Trukikaitis_Postimees, lk 116
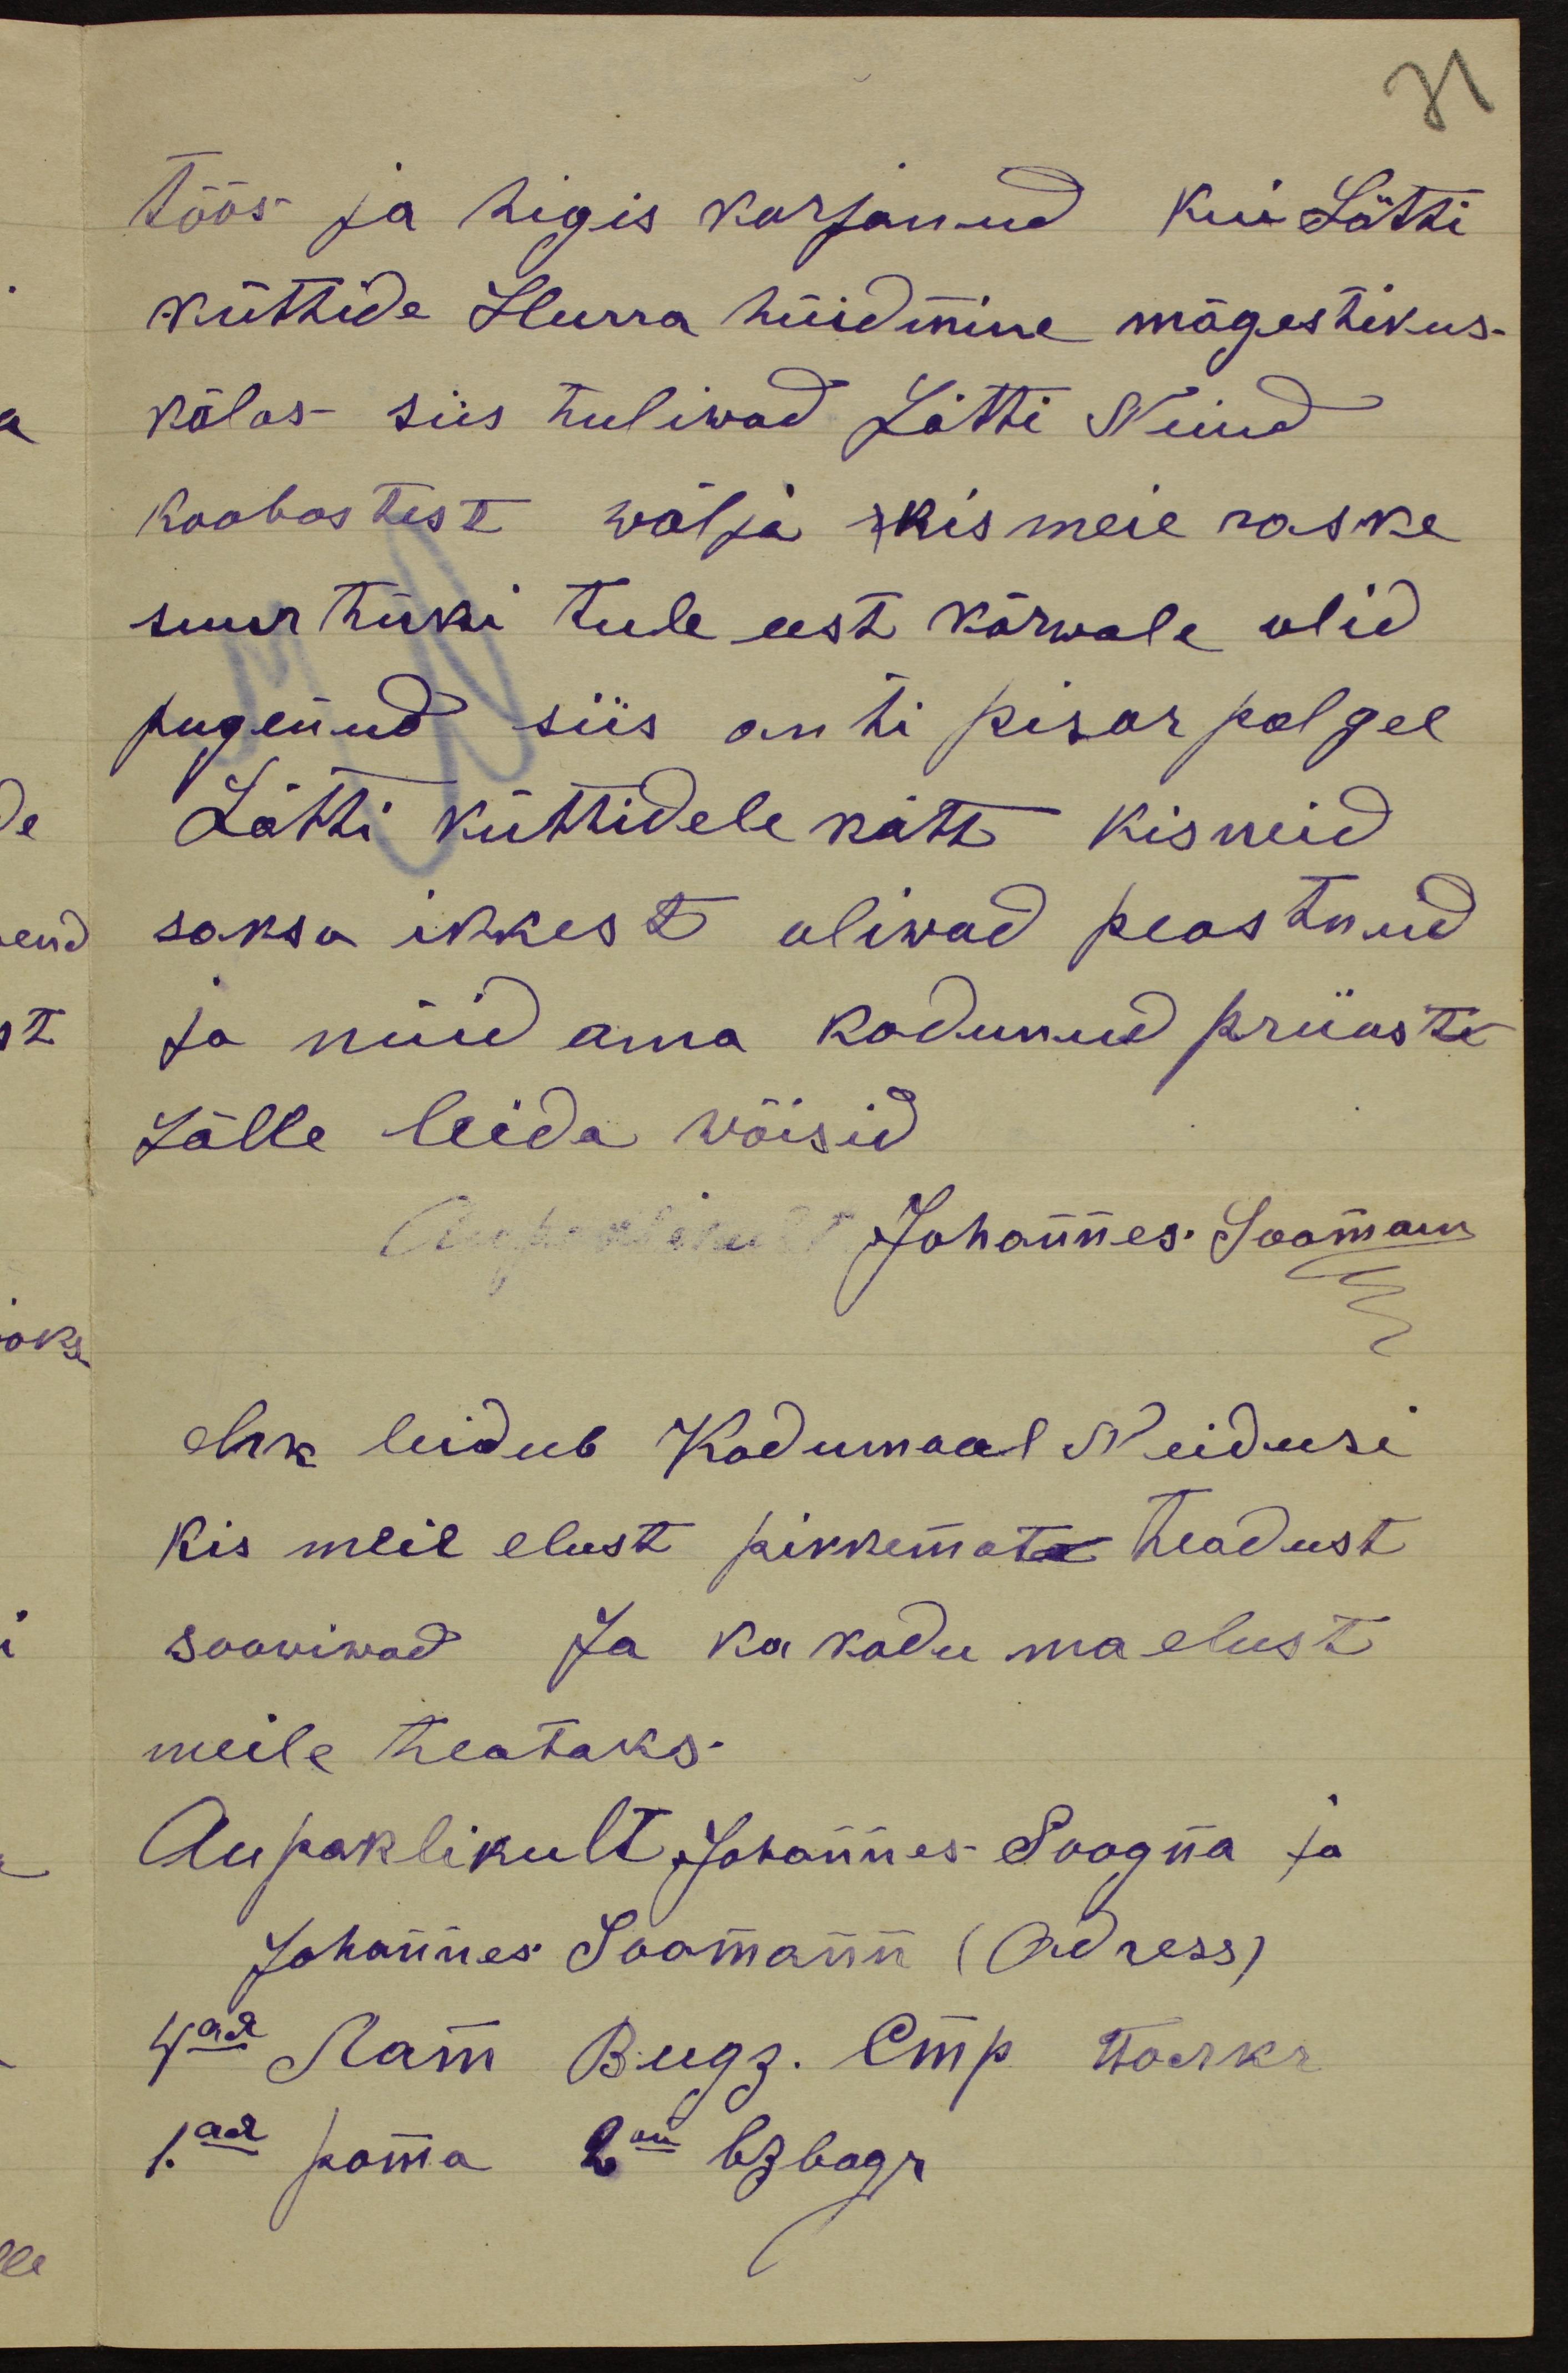
töös ja higis korjanud kui Lätti
küttide Hurra hüidmine mägestikus.
kõlas siis tuliwad Lätti Neiud
Koobastest wälja mis meie raske
suur tüki tule eest kõrwale olid
pugenud siis anti pisar palgel
Lätti küttidele kätte kisneid
saksa ikkest oliwad peastnud
Ja nüid oma kadunud priiuste
Jälle leida wõisid
Aupaklikult Johannes Saaman
ehk leidub Kodumaal neidusi
Kis meil elust pikkemata teadust
sooviwad Ja ka kodu ma elust
meile teataks.
Aupaklikult Johannes Soogna ja
Johannes Soomann (Adress)